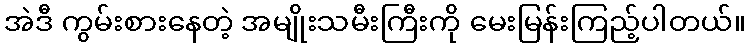
အဲဒီ ကွမ်းစားနေတဲ့ အမျိုးသမီးကြီးကို မေးမြန်းကြည့်ပါတယ်။